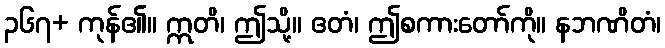
၃၆၇+ ကုန်၏။ ဣတိ၊ ဤသို့။ ဧတံ၊ ဤစကားတော်ကို။ နဘဏိတံ၊